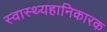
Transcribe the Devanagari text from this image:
स्वास्थ्यहानिकारक